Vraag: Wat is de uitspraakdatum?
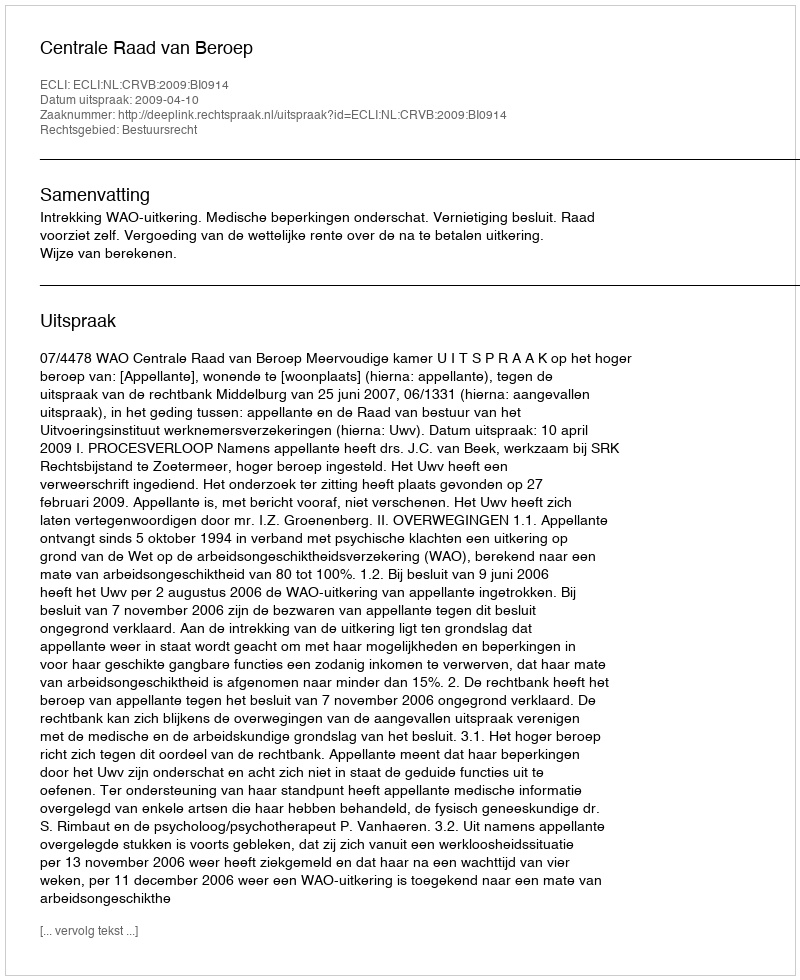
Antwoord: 2009-04-10